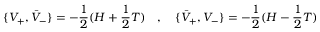
\lbrace V _ { + } , \bar { V } _ { - } \rbrace = - { \frac { 1 } { 2 } } ( H + { \frac { 1 } { 2 } } T ) \quad , \quad \lbrace \bar { V } _ { + } , V _ { - } \rbrace = - { \frac { 1 } { 2 } } ( H - { \frac { 1 } { 2 } } T )